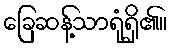
ခြေဆန့်သာရုံရှိ၏။